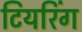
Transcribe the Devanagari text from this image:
टियरिंग